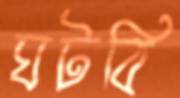
ঘটবি